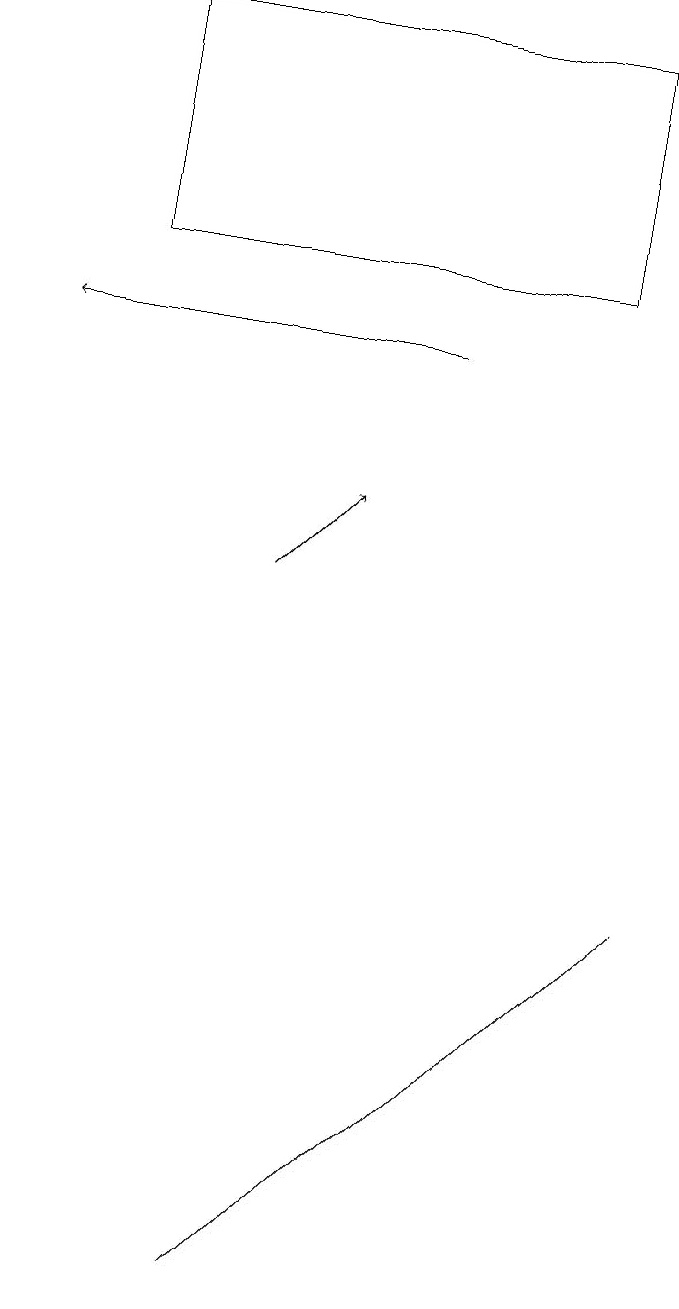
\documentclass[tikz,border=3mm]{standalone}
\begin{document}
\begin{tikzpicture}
\draw (2,16) rectangle (8,19);
\draw[->] (4,12) -- (5,13);
\draw[->] (6,15) -- (1,15);
\draw (6,5) -- (4,3) -- (9,8) -- cycle;
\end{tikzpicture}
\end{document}